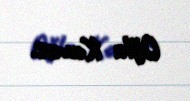
Oğlu Kavus.